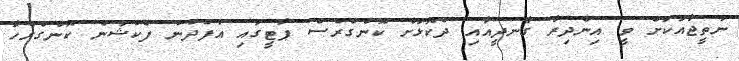
ނަތީޖާއަކަށް ވީ އިންދިރާ ގާނދީއާއި ދެކޮޅަށް ކޮންގްރެސް ޕާޓީގައި އުފެދުނު ފެކްޝަން ކޮންގްރެހާ